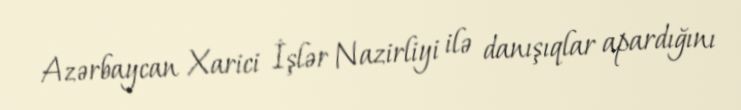
Azərbaycan Xarici İşlər Nazirliyi ilə danışıqlar apardığını